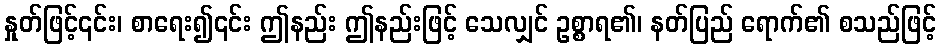
နှုတ်ဖြင့်၎င်း၊ စာရေး၍၎င်း ဤနည်း ဤနည်းဖြင့် သေလျှင် ဥစ္စာရ၏၊ နတ်ပြည် ရောက်၏ စသည်ဖြင့်